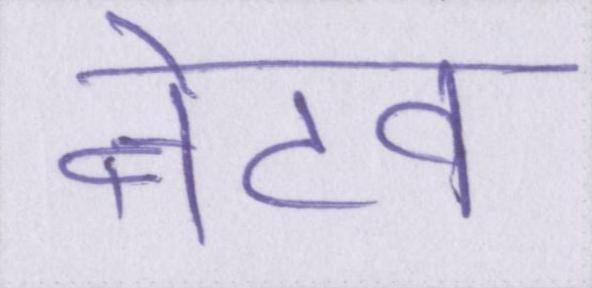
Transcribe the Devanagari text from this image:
नेटव